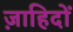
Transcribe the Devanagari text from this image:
ज़ाहिदों